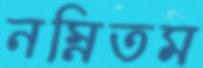
নম্নিতম